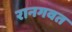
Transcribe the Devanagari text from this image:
रानगवत